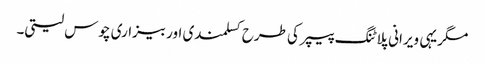
مگریہی ویرانی پلاٹنگ پیپر کی طرح کسلمندی اور بیزاری چوس لیتی۔